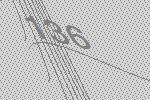
136